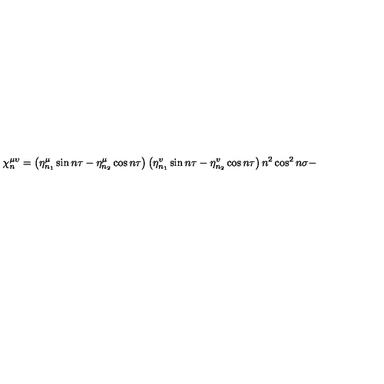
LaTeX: { \ \chi _ { n } ^ { \mu \upsilon } = \left( \eta _ { n _ { 1 } } ^ { \mu } \sin n \tau - \eta _ { n _ { 2 } } ^ { \mu } \cos n \tau \right) \left( \eta _ { n _ { 1 } } ^ { v } \sin n \tau - \eta _ { n _ { 2 } } ^ { v } \cos n \tau \right) n ^ { 2 } \cos ^ { 2 } n \sigma - }